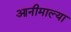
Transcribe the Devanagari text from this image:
आनीमाल्या